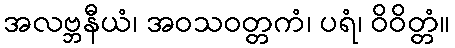
အလဗ္ဘနီယံ၊ အဝသဝတ္တကံ၊ ပရံ၊ ဝိဝိတ္တံ။